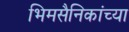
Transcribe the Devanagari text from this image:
भिमसैनिकांच्या